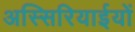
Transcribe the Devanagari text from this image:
अस्सिरियाईयों